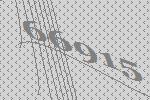
66915